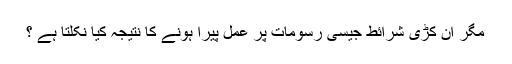
مگر ان کڑی شرائط جیسی رسومات پر عمل پیرا ہونے کا نتیجہ کیا نکلتا ہے ؟